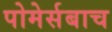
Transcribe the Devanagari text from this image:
पोमेर्सबाच